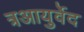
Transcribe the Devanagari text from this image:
त्रआयुर्वेद